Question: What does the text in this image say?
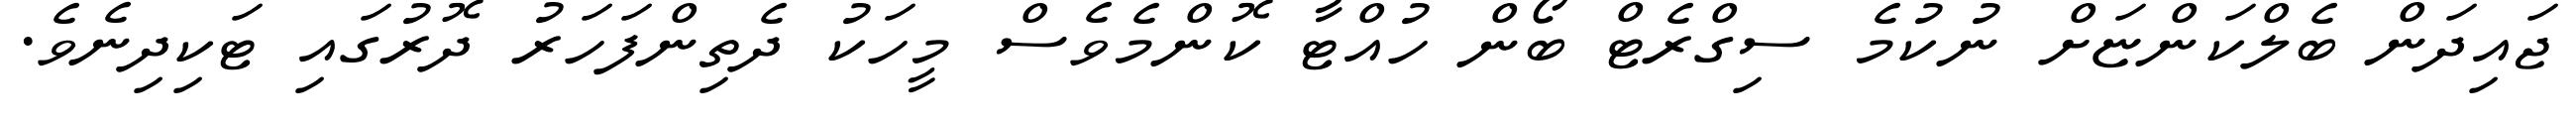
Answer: ޖައިދަން ބެލްކަންޏަށް ނުކުމެ ސިގްރެޓް ބޯން ހުއްޓާ ކޮންމެވެސް މީހަކު ދެތިންފަހަރު ދޮރުގައި ޓަކިދިނެވެ.